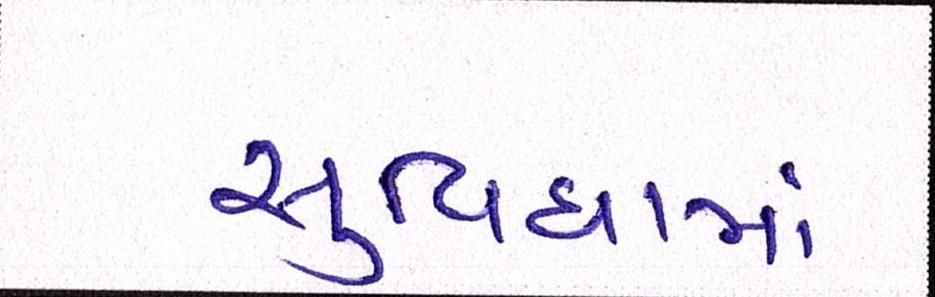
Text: સુવિધામાં